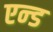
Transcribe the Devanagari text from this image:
एन्‍ड